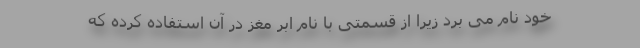
خود نام می برد زیرا از قسمتی با نام ابر مغز در آن استفاده کرده که